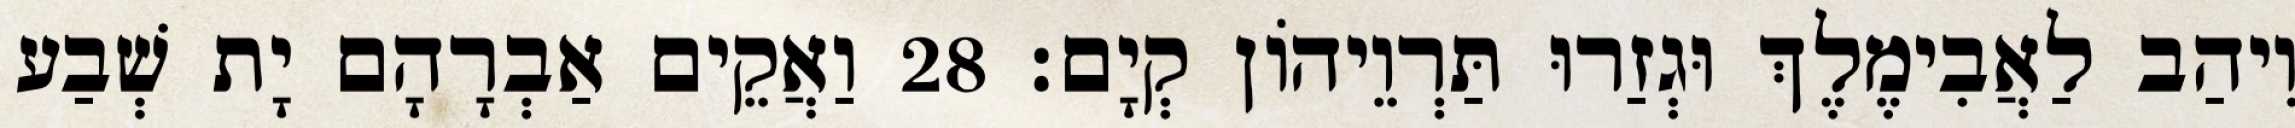
וִיהַב לַאֲבִימֶלֶךְ וּגְזַרוּ תַּרְוֵיהוֹן קְיָם׃ 28 וַאֲקֵים אַבְרָהָם יָת שְׁבַע